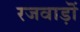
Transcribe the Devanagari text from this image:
रजवाड़ॊं